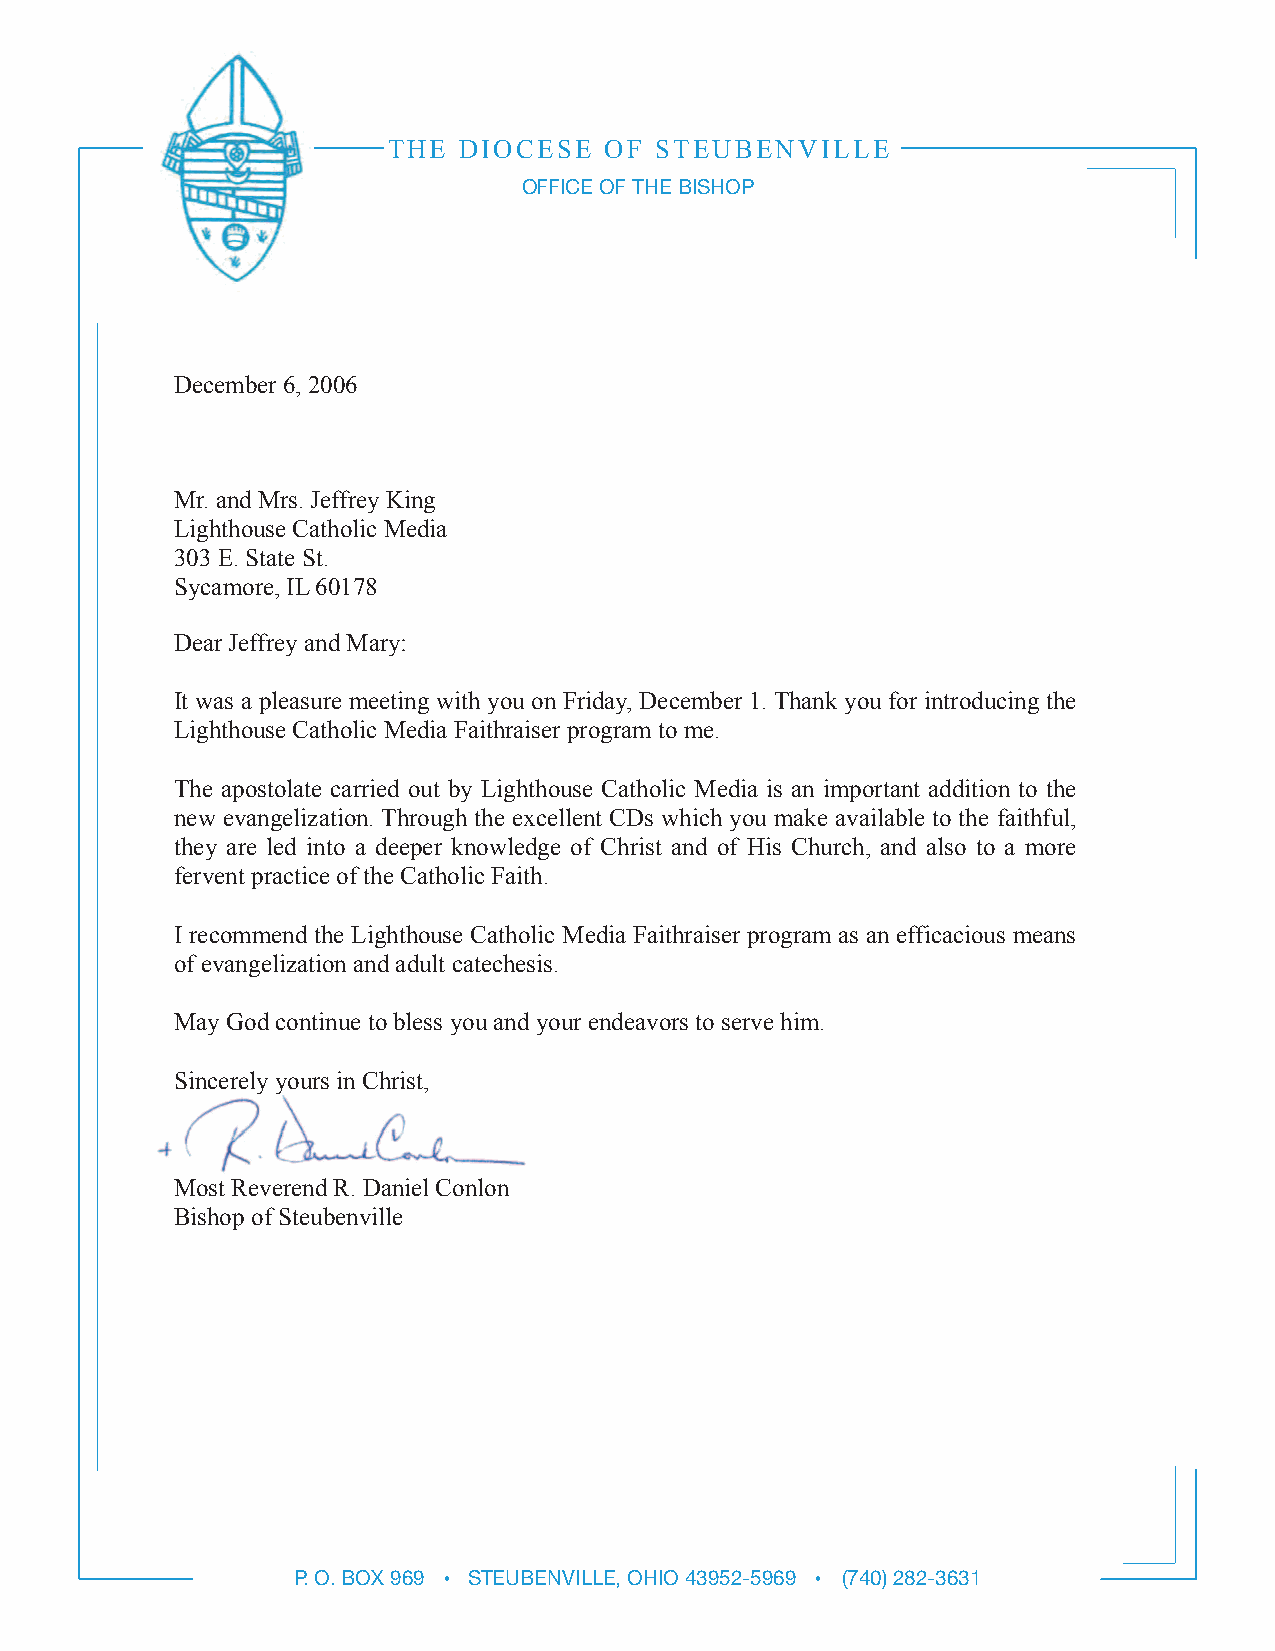
THE DIOCESE   OF STEUBENVILLE
 OFFICE OF THE BISHOP
 December 6, 2006
 Mr. and Mrs. Jeffrey King
 Lighthouse Catholic Media
 303 E. State St.
 Sycamore, IL 60178
 Dear Jeffrey and Mary:
 It was a pleasure meeting with you on Friday, December 1. Thank you for introducing the
 Lighthouse Catholic Media Faithraiser program to me.
 The apostolate carried out by Lighthouse Catholic Media is an important addition to the
 new evangelization. Through the excellent CDs which you make available to the faithful,
 they are led into a deeper knowledge of Christ and of His Church, and also to a more
 fervent practice of the Catholic Faith.
 I recommend the Lighthouse Catholic Media Faithraiser program as an efficacious means
 of evangelization and adult catechesis.
 May God continue to bless you and your endeavors to serve him.
 Sincerely yours in Christ,
 Most Reverend R. Daniel Conlon
 Bishop of Steubenville
 P. O. BOX 969 • STEUBENVILLE, OHIO 43952-5969 • (740) 282-3631